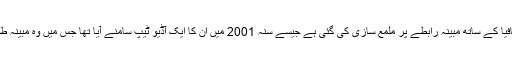
فلم میں ان حقائق کو پیش کیا گیا ہے لیکن سنجے دت (اور بالی وڈ) کے مافیا کے ساتھ مبینہ رابطے پر ملمع سازی کی گئی ہے جیسے سنہ 2001 میں ان کا ایک آڈیو ٹیپ سامنے آیا تھا جس میں وہ مبینہ طور پر پاکستان میں رہنے والے مافیا چھوٹا شکیل سے بات کر رہے تھے۔